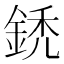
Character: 鋵